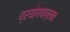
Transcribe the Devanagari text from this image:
प्रयोगपल्लवः